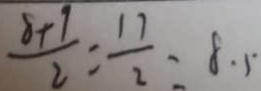
\frac { 8 + 9 } { 2 } = \frac { 1 7 } { 2 } = 8 . 5